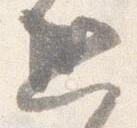
恐